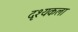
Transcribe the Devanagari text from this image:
दृश्‍यकला